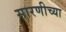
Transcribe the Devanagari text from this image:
सारणीच्या